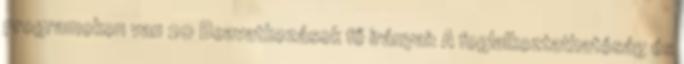
programokon van 20 Beavatkozások fő irányai: A foglalkoztathatóság és